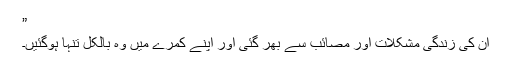
”
ان کی زندگی مشکلات اور مصائب سے بھر گئی اور اپنے کمرے میں وہ بالکل تنہا ہوگئیں۔